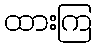
ထားကြ